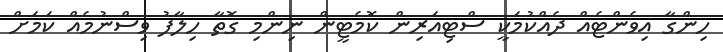
ހިންގާ އިވެންޓެއް ދެއްކުމަކީ ސްޓިއަރިން ކޮމެޓީން ނިންމި ގޮތާ ހިލާފު ވިސްނުމެއް ކަމަށް